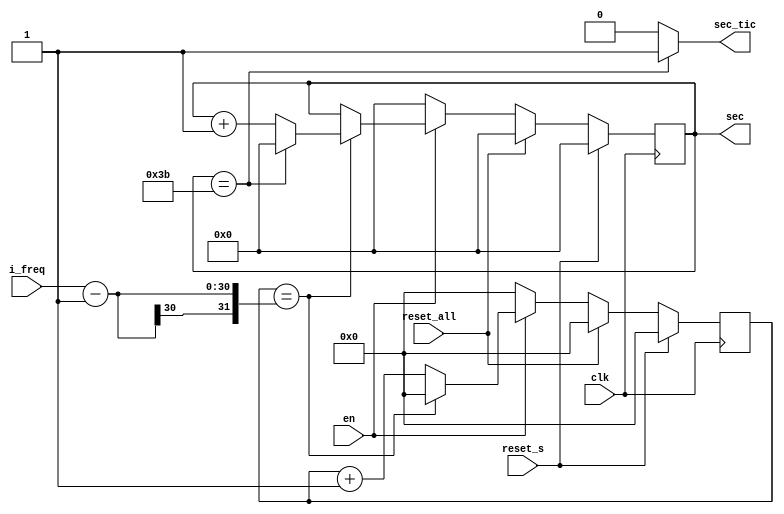
`timescale 1ns / 1ps
//////////////////////////////////////////////////////////////////////////////////
// Company: 
// Engineer: 
// 
// Design Name: 
// Module Name: sec_generator
// Project Name: 
// Target Devices: 
// Tool Versions: 
// Description: 
// 
// Dependencies: 
// 
// Revision:
// Revision 0.01 - File Created
// Additional Comments:
// 
//////////////////////////////////////////////////////////////////////////////////


module sec_gen(
clk,
reset_s,
reset_all,
en,
i_freq,
sec,
sec_tic
);
parameter P_COUNT_BIT=30;
parameter P_SEC_BIT=6;

input  clk,reset_s,reset_all,en;
input [P_COUNT_BIT-1:0] i_freq;

wire reset_all;
output reg [P_SEC_BIT-1:0] sec;
output sec_tic;

assign sec_tic = sec==59 ? 1'b1 : 1'b0;
reg [P_COUNT_BIT-1:0] r_counter;
 always @ (posedge clk) begin
    if(reset_s) begin
        r_counter <= {P_COUNT_BIT{1'b0}};
        sec <= 6'b000_000;
    end else if (reset_all) begin
        r_counter <= {P_COUNT_BIT{1'b0}};
        sec <= 0;

    end else begin
        if(en) begin
            if(r_counter == i_freq-1) begin
                r_counter <= 0;
                sec <= sec + 1'b1;
                if(sec == 59) begin
                    sec <= 0;
                end
             end else begin
                r_counter <= r_counter +1'b1;
             end
        end
        else begin
            sec <= 6'b000_000;
             r_counter <= 0;
        end
    end
end
endmodule